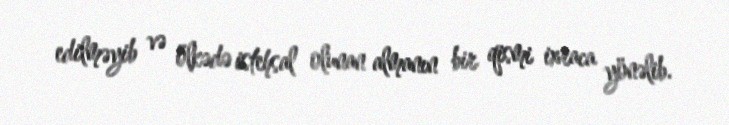
edilməyib və ölkədə istehsal olunan almanın bir qismi ixraca yönəlib.